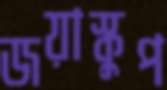
জয়াস্কুপ